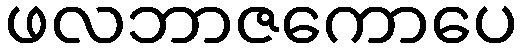
ဖလဘာဇကောပေ